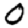
Digit: 0